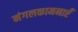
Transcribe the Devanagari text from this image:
मंगलकामनाएँ